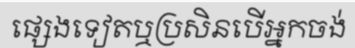
ផ្សេងទៀតឬប្រសិនបើអ្នកចង់